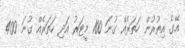
އޭގެ އިތުރުން ހަތަރެއް ގުނަ 100 މީޓަރު އަދި ހަތަރެއް ގުނަ 400